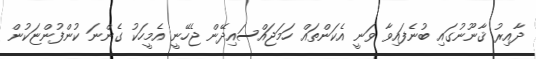
ދާއިރު ޤާނޫނުގައި ބުނެފައިވާ ވަނީ އެކަންތައް ހަމަޖައްސައިދޭން ޖެހޭނީ އެމީހަކު ގެންނަ ކުންފުންޏަކުން